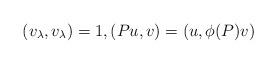
LaTeX: \begin{align*}(v_{\lambda}, v_{\lambda})=1, (P u, v) = (u, \phi(P)v) \end{align*}